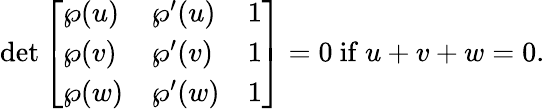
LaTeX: \operatorname*{det}{\left[\begin{array}{lll}{\wp(u)}&{\wp^{\prime}(u)}&{1}\\ {\wp(v)}&{\wp^{\prime}(v)}&{1}\\ {\wp(w)}&{\wp^{\prime}(w)}&{1}\end{array}\right]}=0{\mathrm{~if~}}u+v+w=0.